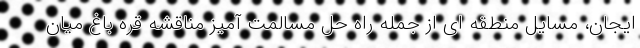
ایجان، مسایل منطقه ای از جمله راه حل مسالمت آمیز مناقشه قره باغ میان